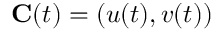
\mathbf { C } ( t ) = ( u ( t ) , v ( t ) )